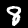
Label: 8